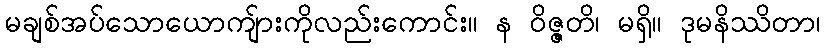
မချစ်အပ်သောယောကျ်ားကိုလည်းကောင်း။ န ဝိဇ္ဇတိ၊ မရှိ။ ဒုမနိဿိတာ၊